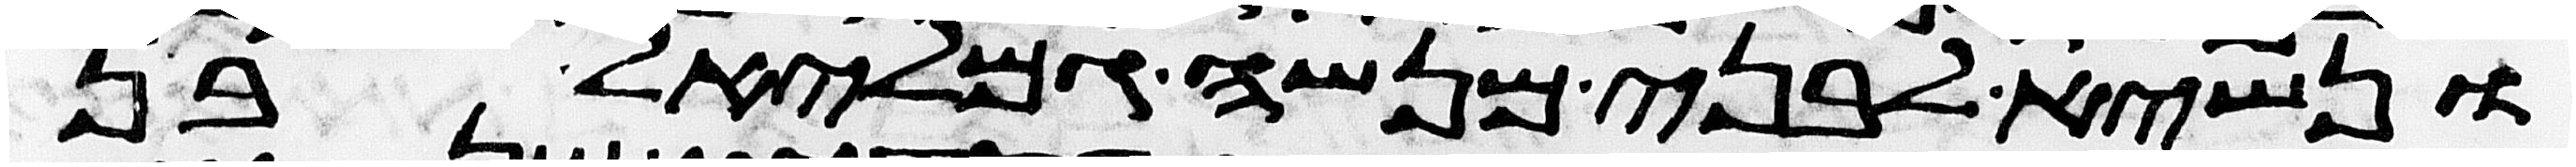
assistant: ונשיא לבני מנשה גמליאל בן